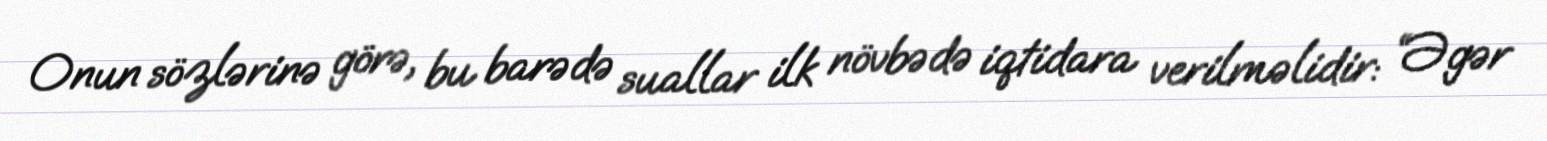
Onun sözlərinə görə, bu barədə suallar ilk növbədə iqtidara verilməlidir: “Əgər